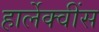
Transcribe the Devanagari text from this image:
हार्लेक्वींस